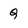
Character: Q